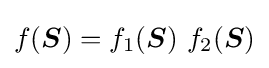
f({\boldsymbol {S}})=f_{1}({\boldsymbol {S}})~f_{2}({\boldsymbol {S}})